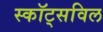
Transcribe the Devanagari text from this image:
स्कॉट्सविल